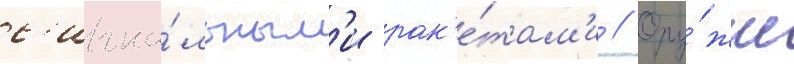
с'игна́льным'и рак'е́там'и // Ору́жие